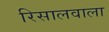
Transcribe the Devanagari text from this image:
रिसालवाला